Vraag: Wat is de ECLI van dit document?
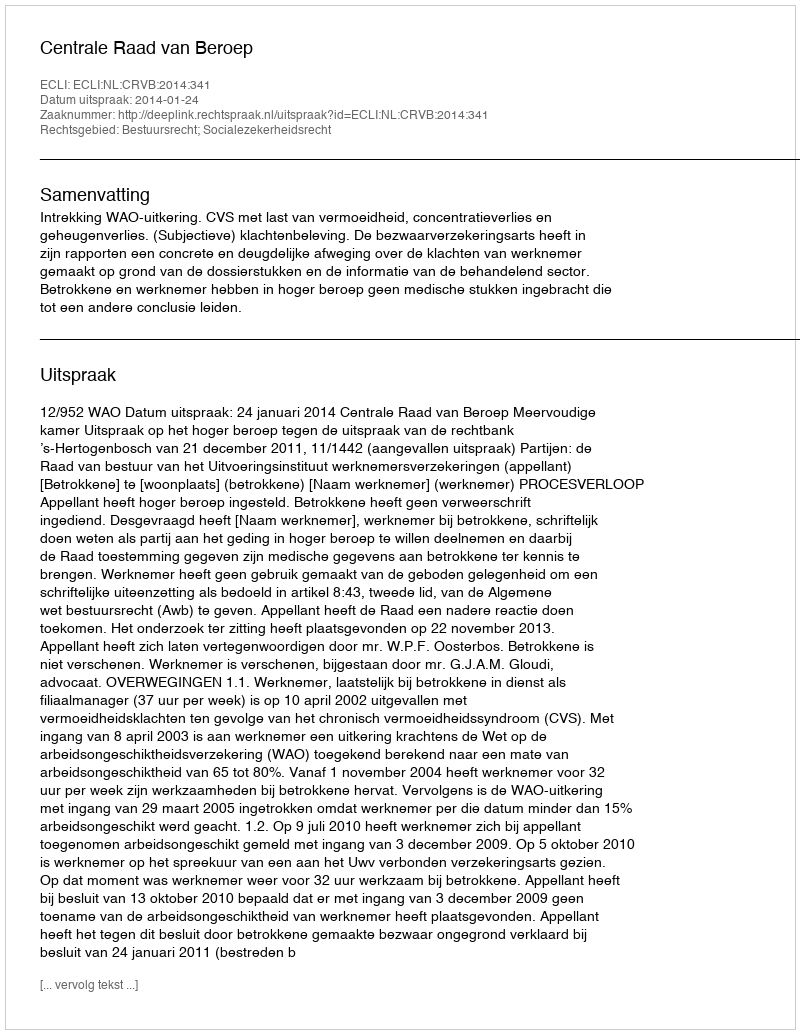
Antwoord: ECLI:NL:CRVB:2014:341